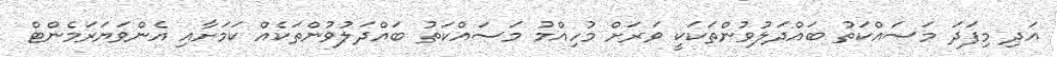
އަދި މިފަދަ މަސައްކަތު ބައްދަލުވުންތަކަކީ ވަރަށް މުހިއްމު މަސައްކަތު ބައްދަލުވުންތަކެއް ކަމަށާއި އެންވަޔަރަމެންޓް